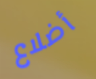
أضلاع